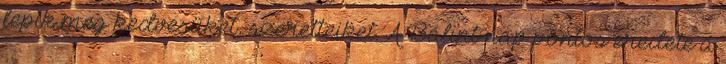
lepik meg kedvesüket, szeretteiket. A Bálint-nap pontos eredete a